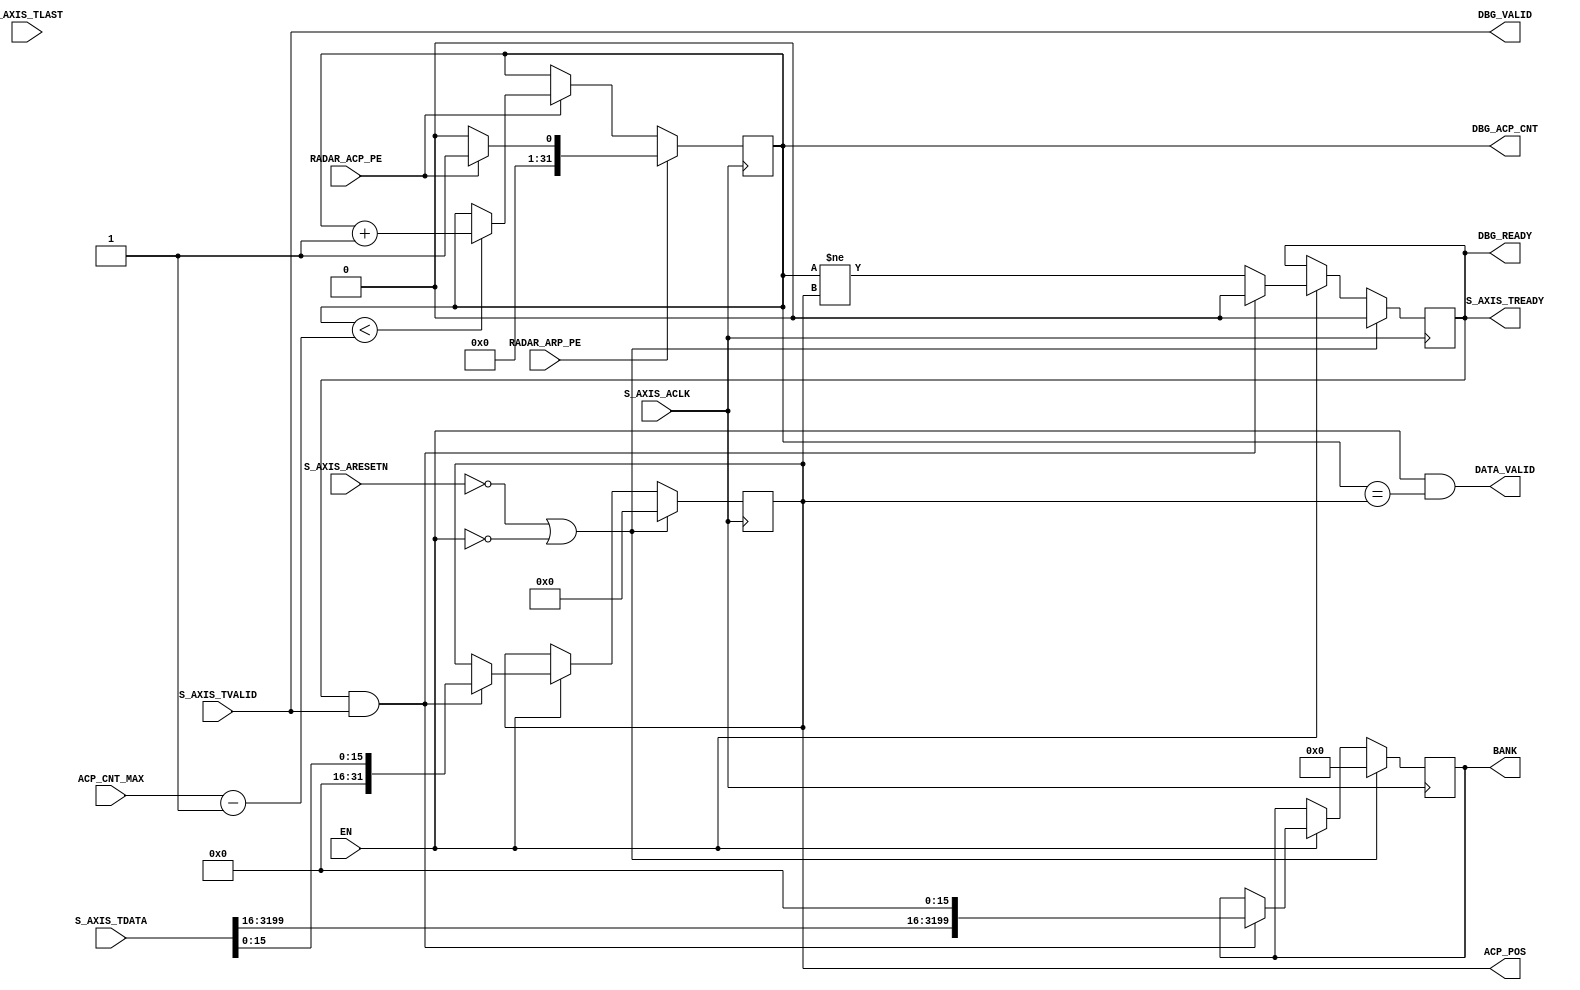
module radar_sim_target_axis #
    (
        // Users to add parameters here

        parameter integer DATA_WIDTH = 32,

        // User parameters ends
        // Do not modify the parameters beyond this line

        // AXI4Stream sink: Data Width
        parameter integer C_S_AXIS_TDATA_WIDTH  = 3200
    )
    (
        // Users to add ports here

        // is the simulator enabled
        (* X_INTERFACE_PARAMETER = "POLARITY ACTIVE_HIGH" *)
        (* MARK_DEBUG="true" *)
        input wire EN,

        // radar antenna angle change
        (* MARK_DEBUG="true" *)
        input wire RADAR_ARP_PE,
        
        // radar antenna angle change
        (* MARK_DEBUG="true" *)
        input wire RADAR_ACP_PE,
        
        input wire [DATA_WIDTH-1:0] ACP_CNT_MAX,

        // is data stable
        output wire DATA_VALID,
        
        output reg [DATA_WIDTH-1:0] ACP_POS = 0,
        
        output reg [C_S_AXIS_TDATA_WIDTH-1:0] BANK = 0,
        
        (* MARK_DEBUG="true" *)
        output wire DBG_READY,
        
        (* MARK_DEBUG="true" *)
        output wire DBG_VALID,
        
        (* MARK_DEBUG="true" *)
        output wire [DATA_WIDTH-1:0] DBG_ACP_CNT,

        // User ports ends
        // Do not modify the ports beyond this line

        // AXI4Stream sink: Clock
        input wire  S_AXIS_ACLK,
        // AXI4Stream sink: Reset
        input wire  S_AXIS_ARESETN,
        // Ready to accept data in
        output reg  S_AXIS_TREADY = 0,
        // Data in
        input wire [C_S_AXIS_TDATA_WIDTH-1 : 0] S_AXIS_TDATA,
        // Indicates boundary of last packet
        input wire  S_AXIS_TLAST,
        // Data is in valid
        input wire  S_AXIS_TVALID
    );

    localparam POS_BIT_CNT = 16;
    
    // SET on ARP, cleared on read of ACP data with idx 0 
    reg fast_fwd = 0;
    
    // ACP since ARP
    reg [DATA_WIDTH-1:0] acp_cnt = 0;
        
    assign DATA_VALID = EN && (acp_cnt == ACP_POS);

    assign DBG_READY = S_AXIS_TREADY;
    assign DBG_VALID = S_AXIS_TVALID;
    assign DBG_ACP_CNT = acp_cnt; 

    // keep track of ACP counts between ARPs
    always @(posedge S_AXIS_ACLK) begin
        if (RADAR_ARP_PE) begin
            // edge case handling when both signals appear at the same time
            // without this the count would be off by -1
            if (RADAR_ACP_PE) begin
                acp_cnt <= 1;
            end else begin
                acp_cnt <= 0;
            end
        end else if (RADAR_ACP_PE) begin
            if (acp_cnt < ACP_CNT_MAX - 1) begin
                acp_cnt <= acp_cnt + 1;
            end
        end
    end

    // data loading state machine
    always @(posedge S_AXIS_ACLK) begin        
    
        if (!S_AXIS_ARESETN || !EN) begin
        
            // Synchronous reset (active low)
            BANK <= 0;
            ACP_POS <= 0;
            fast_fwd <= 0;
            S_AXIS_TREADY <= 0;
            
        end else if (EN) begin
        
            if (RADAR_ARP_PE) begin
                // set fast forwad flag           
                fast_fwd <= 1;
            end
                           
            if (S_AXIS_TREADY && S_AXIS_TVALID) begin
            
                // load new data from AXIS bus
                BANK <= { S_AXIS_TDATA[C_S_AXIS_TDATA_WIDTH-1:POS_BIT_CNT], 16'b0 };
                ACP_POS <= S_AXIS_TDATA[POS_BIT_CNT-1:0];
                S_AXIS_TREADY <= 0;
    
                // hold reset flag untill we read data for IDX 0 
                if (fast_fwd && S_AXIS_TDATA[POS_BIT_CNT-1:0] == 0) begin
                    fast_fwd <= 0;
                end
           
           end else begin
           
               // ready to receive if the simulation is enabled and the next RADAR_ACP_PE happens
               S_AXIS_TREADY <= (acp_cnt != ACP_POS);

           end
           
       end
    end

endmodule